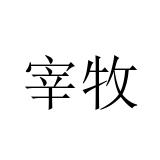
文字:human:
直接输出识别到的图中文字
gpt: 宰牧